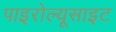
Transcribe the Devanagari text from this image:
पाइरोल्यूसाइट